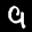
Label: 9